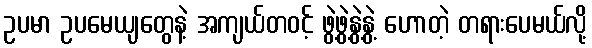
ဥပမာ ဥပမေယျတွေနဲ့ အကျယ်တဝင့် ဖွဲ့ဖွဲ့နွဲ့နွဲ့ ဟောတဲ့ တရားပေမယ်လို့